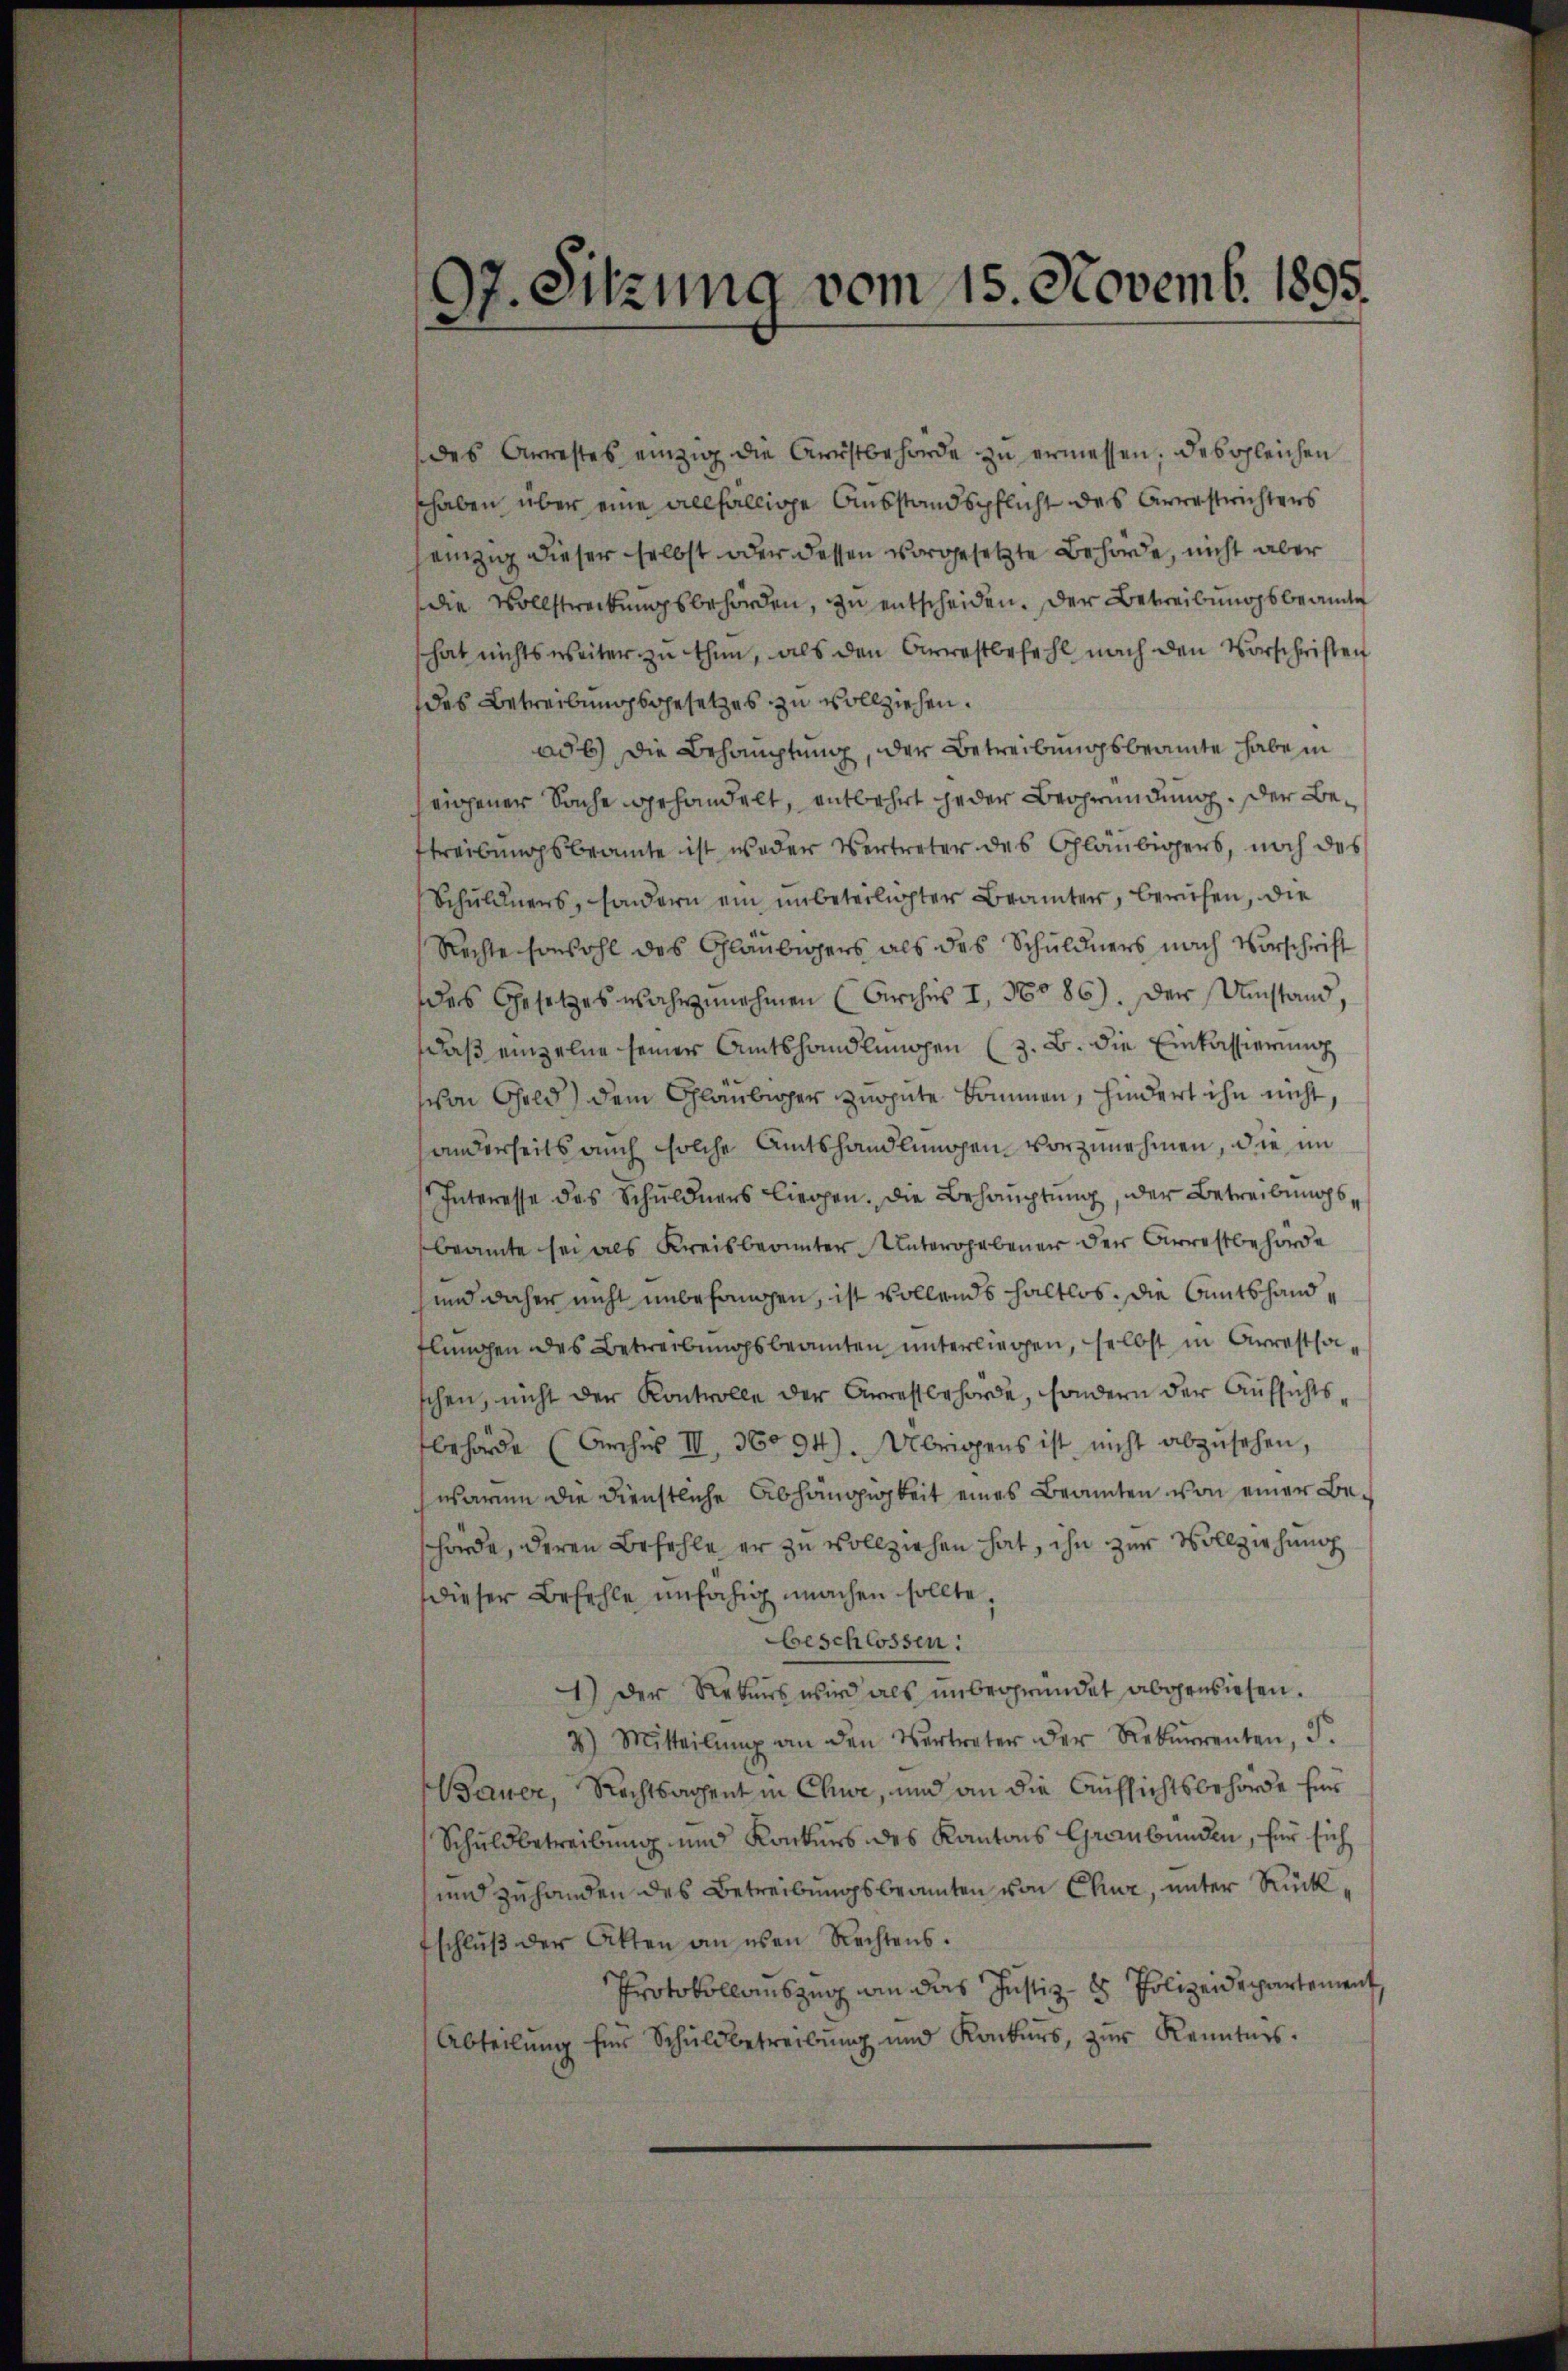
97. Sitzung vom 15. Novemb. 1895.

des Arrestes einzig die Aristbehörde zu ermessen, des gleichen
shaben über eine allfällige Ausstandspflicht des Arrestrichters
heizig dieser selbst oder dessen vorgesetzte Behörde, nicht aber
die Vollstreckungsbehörden, zu entscheiden. Der Betreibungsbeamte
hat nichts weiter zu thun, als den Arrestbefehl nach den Vorschriften
des Betreibungsgesetzes zu vollziehen.
aus) die Behauptung, der Betreibungsbeamte habe in
seigener Sache gehandelt, entbehrt jeder Begründung. Der Bestreibungsbeamte ist weder Vertreter des Gläubigers, noch des
Schuldners, sondern ein unbeteiligter Beamter, beruhen, die
Rechte sowohl des Gläubigers als des Schuldners nach Vorschrift
des Gesetzes wahrzunehmen (Kirches I. 16086). Der Umstand,
daß einzelne seiner Amtshandlungen (z. B. die Einkassierung
von Geld) dem Glaubiger zugute kommen, hindert ihn nicht,
anderseits auch solche Amtshandlungen vorzunehmen, die im
Interesse das Schuldners liegen. Die Behauptung, der Betreibungs
beamte sei als Kreisberinter Untergebener der Arrestbehörde
und daher nicht unbefangen, ist vollends haltlos. Die Amtshand,
flungen des Betreibungsbeamten unterliegen, selbst in Arrestsaschen, nicht der Kontrolle der Arrestbehörde, sondern der Aufsichtsbehörde (Kirches III, 36094). Übrigens ist nicht abzusehen,
warum die Dienstliche Abhängigkeit eines Beamten von einer Behörde, deren Befehle er zu vollziehen hat, ihn zur Vollziehung
dieser Befehle unfähig machen sollte.
beschlossen:
1.) Der Rekurs wird als unbegründet abgewiesen.
2.) Mitteilŭng an den Vertreter der Rekurrenten, S.
Bauer, Rechtsachent in Chue, und an die Aufsichtsbehörde für
Schuldbetreibung und Konkurs des Kantons Graubünden, für sich
und zuhanden des Betreibungsbeamten von Chur, unter Rückfschlŭβ der Akten an eben Rechtens.
Protokollauszug wie das Justiz- & Polizeidepartement,
Abteilŭng für Schuldbetreibŭng und Konkurs, zŭr Kenntnis.